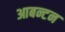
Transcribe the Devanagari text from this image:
आबन्टन